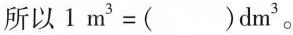
所以$$1 m ^ { 3 } = ( ) d m ^ { 3 }$$。